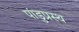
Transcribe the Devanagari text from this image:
पांडुप्रस्थ